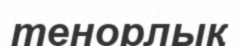
тенорлық